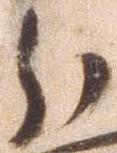
分